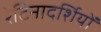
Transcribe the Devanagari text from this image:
रेटिनादर्शियों